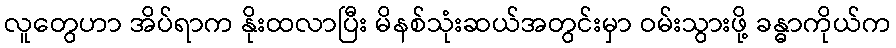
လူတွေဟာ အိပ်ရာက နိုးထလာပြီး မိနစ်သုံးဆယ်အတွင်းမှာ ဝမ်းသွားဖို့ ခန္ဓာကိုယ်က